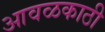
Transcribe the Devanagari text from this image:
आवळकाठी